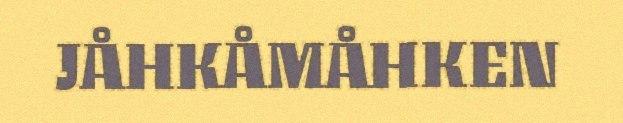
JÅHKÅMÅHKEN